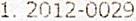
1. 2012-0029